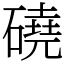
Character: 磽